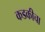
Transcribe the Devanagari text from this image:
कडकीचा